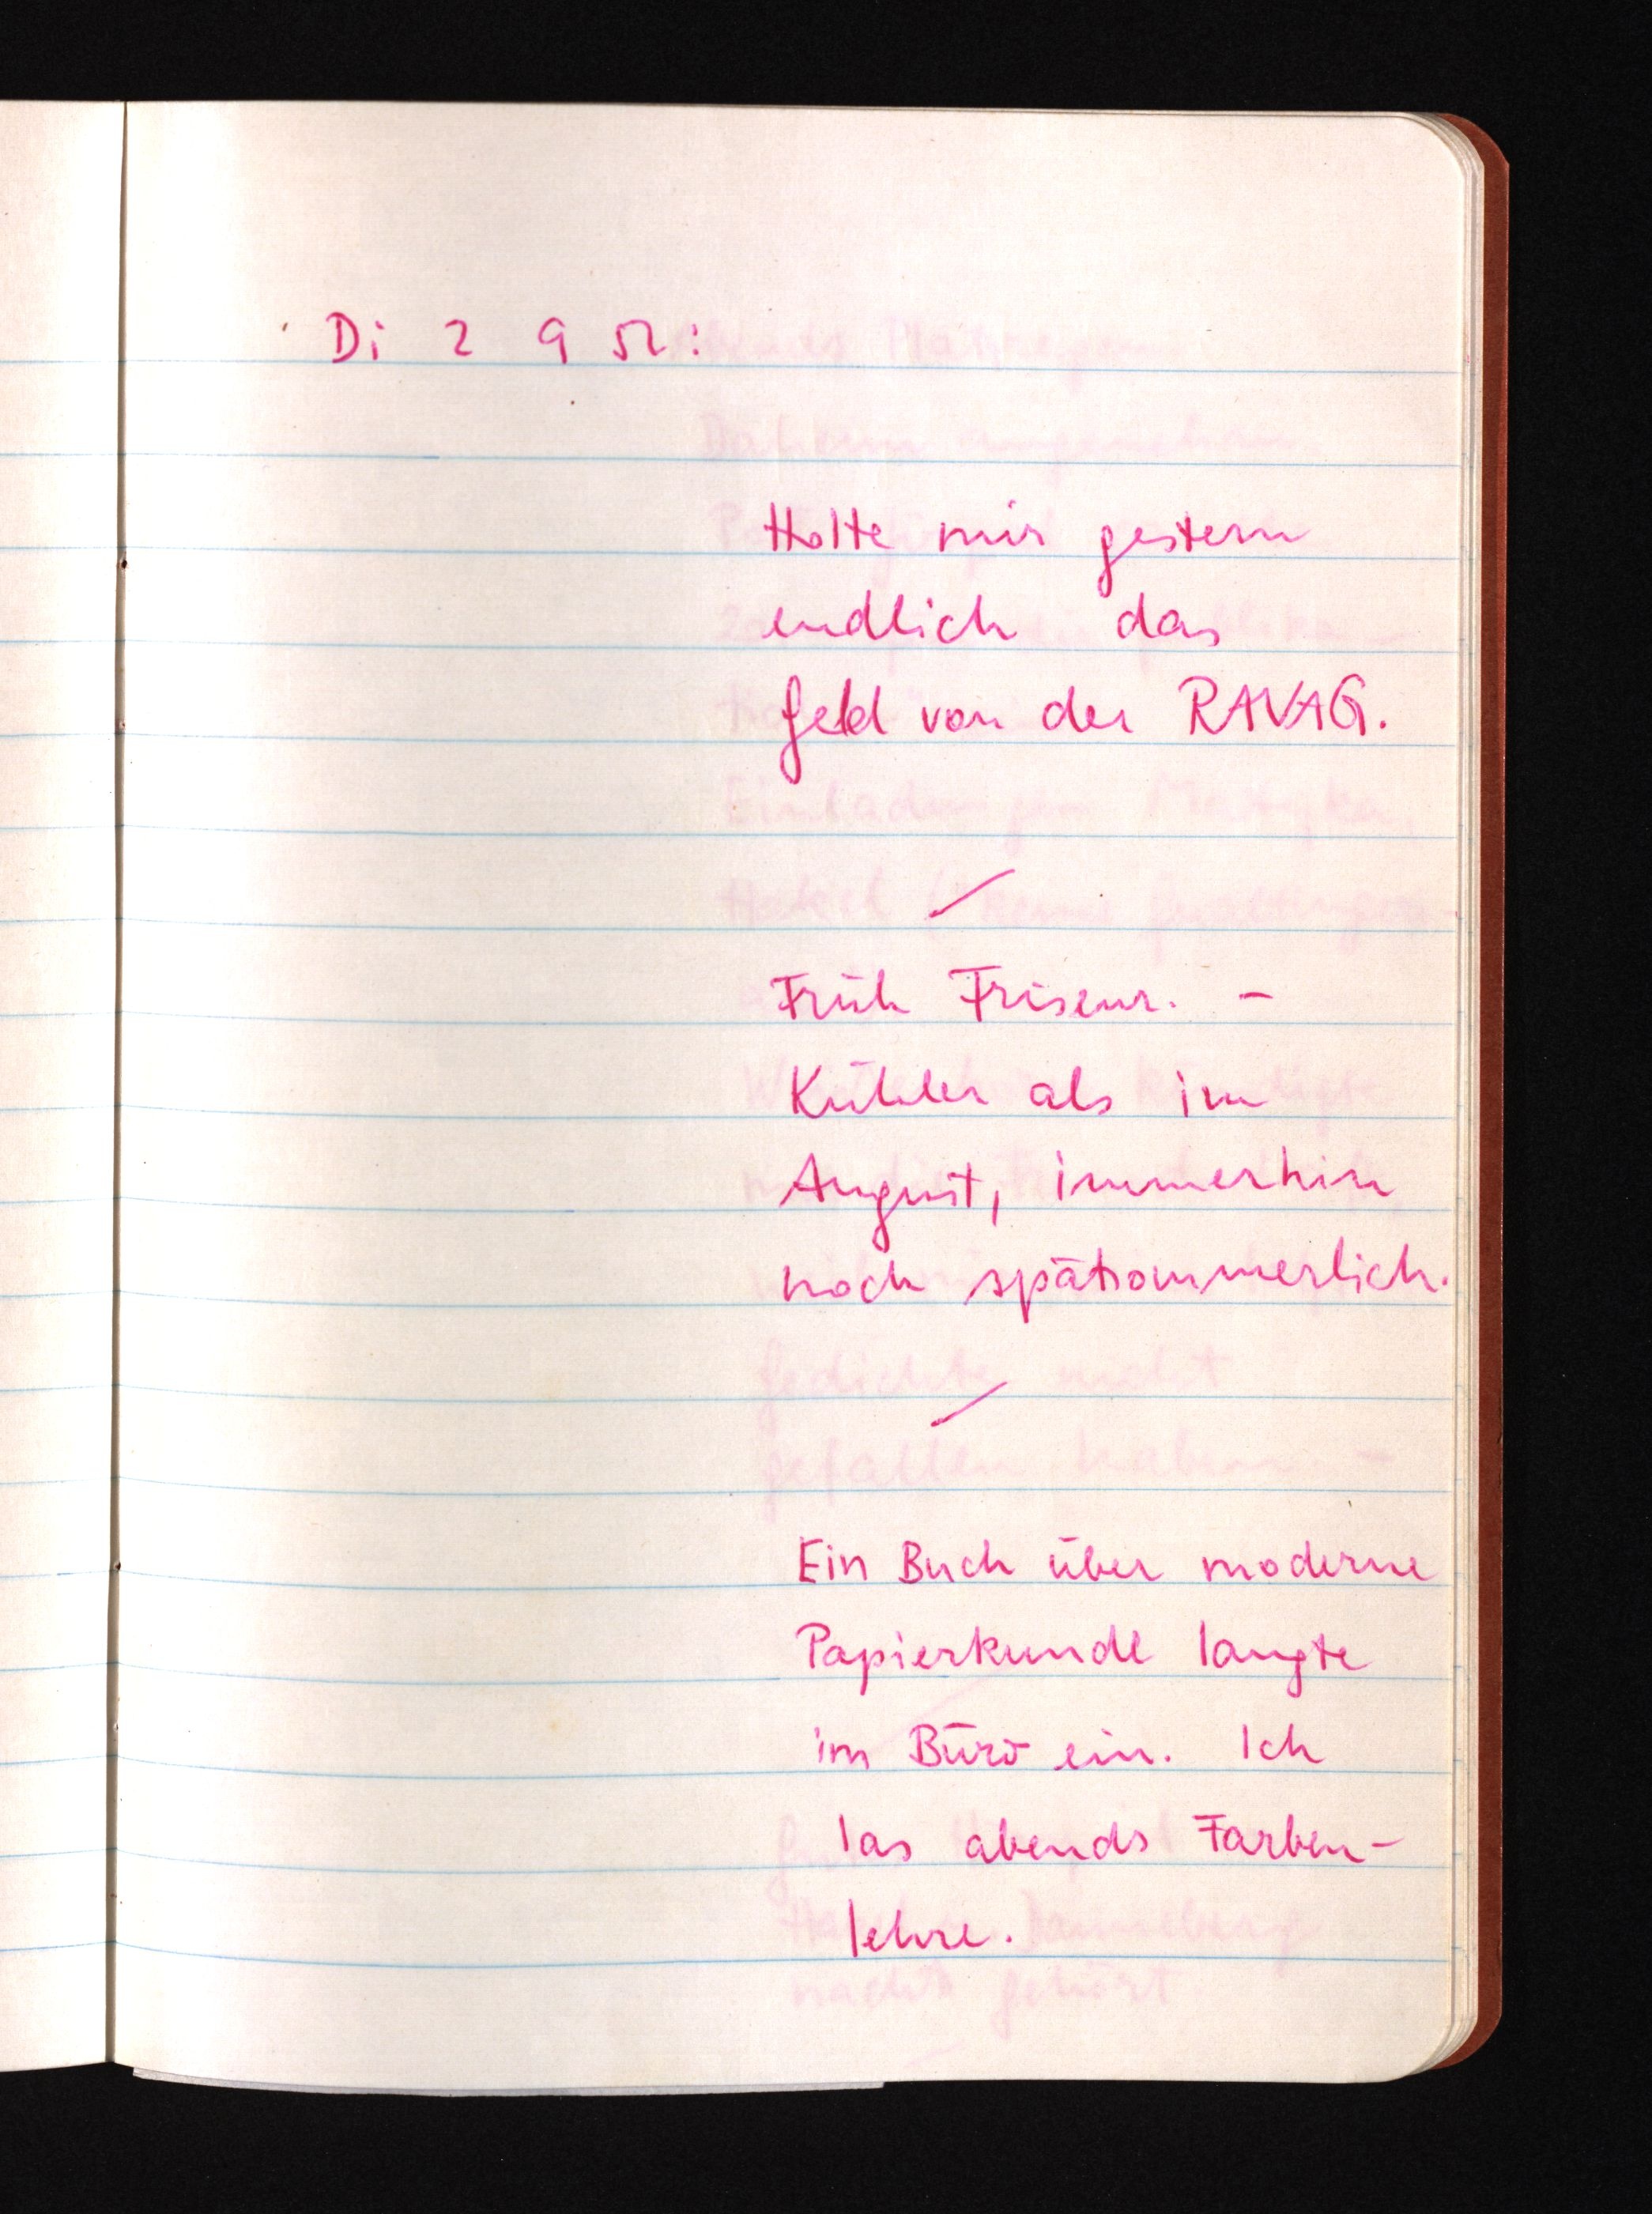
Di 2 9 52:
Holte mir gestern
endlich das
Geld von der RAVAG.
Früh Friseur. -
Kühler als im
August, immerhin
noch spätsommerlich.
Ein Buch über moderne
Papierkunde langte
im Büro ein. Ich
las abends Farben¬
lehre.